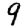
Digit: 9